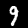
Label: 9